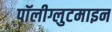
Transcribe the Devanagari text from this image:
पॉलीग्लुटमाइन